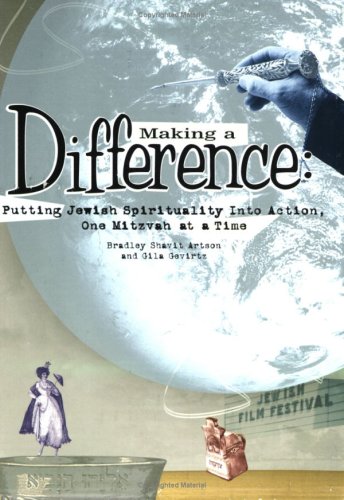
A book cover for Making a Difference: Putting Jewish Spirituality into Action, One Mitzvah at a Time; Bradley Shavit Artson; Teen & Young Adult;